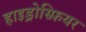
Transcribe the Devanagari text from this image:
हाइड्रोस्फ़ियर